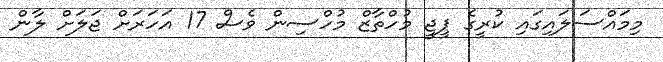
މިމައްސަލައިގައި ކުރީގެ ޕީޖީ މުހްތާޒް މުހްސިން ވެސް 17 އަހަރަށް ޖަލަށް ލާން